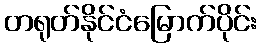
တရုတ်နိုင်ငံမြောက်ပိုင်း